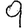
Digit: 9